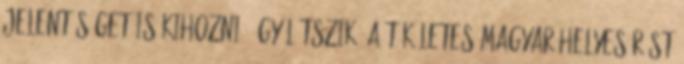
jelentőséget is kihozni. Úgy látszik, a tökéletes magyar helyesírást